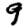
Digit: 9